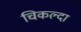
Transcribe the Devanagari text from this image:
चिकल्दा